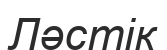
Ләстік